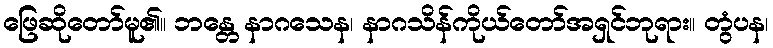
ဖြေဆိုတော်မူ၏။ ဘန္တေ နာဂသေန၊ နာဂသိန်ကိုယ်တော်အရှင်ဘုရား။ တွံပန၊